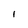
Character: I